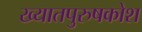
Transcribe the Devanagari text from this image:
ख्यातपुरुषकोश